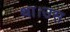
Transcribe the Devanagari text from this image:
था।उस